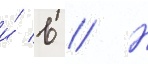
и́ в // Н